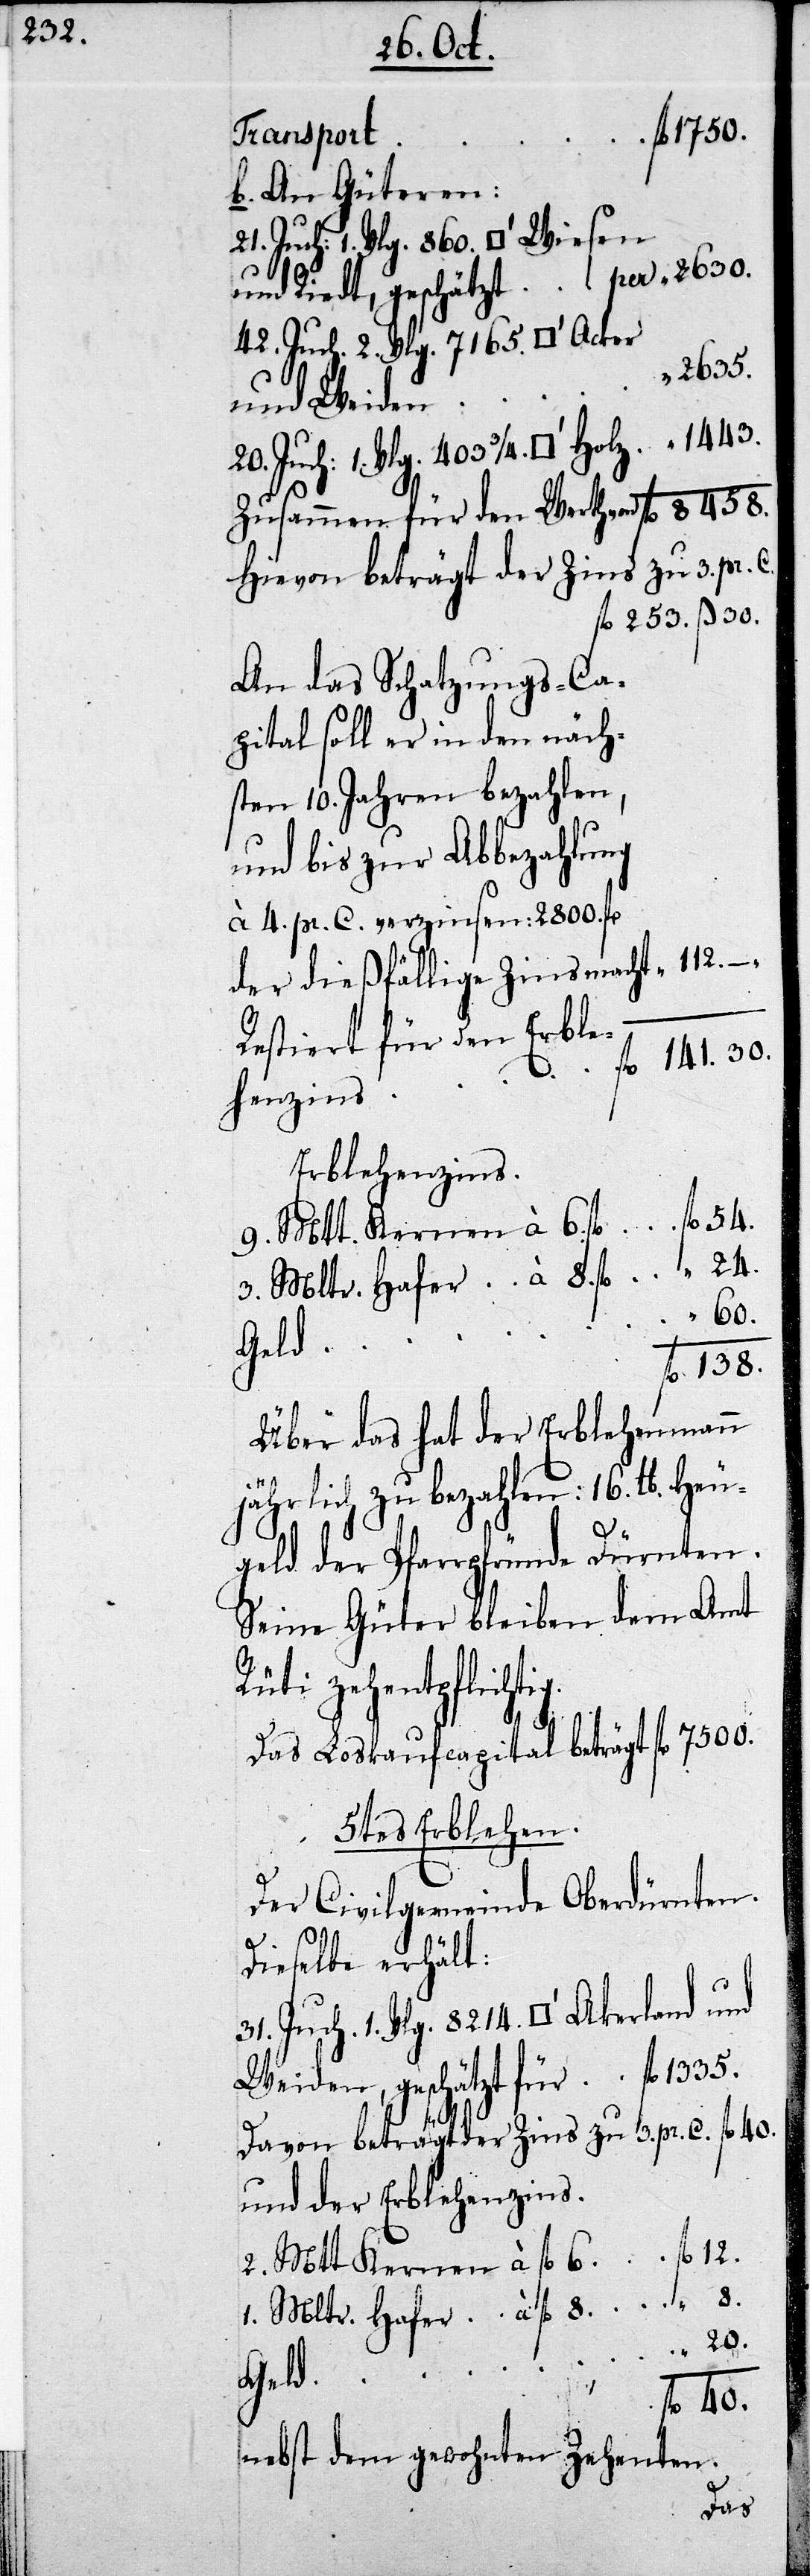
Transport
Vlg. 860.
b. An Güteren:
und Riedt, geschätzt 	per fl 	2630.
42. Juch. 2. Vlg. 7165.
und Weiden
20. Juch. 1. Vlg. 403. ¾
Zusammen für den Werth von 	fl 	8458.
Hievon beträgt der Zins zu 3. per C.
253. ß 30.
An das Schatzungs-Ca¬
pital soll er in den näch¬
sten 10. Jahren bezahlen,
und bis zur Abbezahlung
à 4. pr. C. verzinsen 2800. fl.
Der dießfällige Zins macht 	fl	112.
Restiert für den Erble¬
henzins
Erblehenzins:
2. Mtt. Kernen à fl 6.
1. Mltr. Hafer à fl 8.
Geld
Über das hat der Erblehenmann
jährlich zu bezahlen: 16. lb. Heu¬
geld der Pfarrpfründe Dürnten.
Seine Güter bleiben dem Amt
nten Zehenten.
Das Loskaufscapital beträgt fl 7500.
5tes Erblehen.
Der Civligemeinde Oberdürnten.
1.
Dieselbe erhält:
Weiden, geschätzt für 	fl	1335.
Davon beträgt der Zins zu 3. pr. C. fl 40.
und der Erblehenzins
Nebst dem gewoh¬